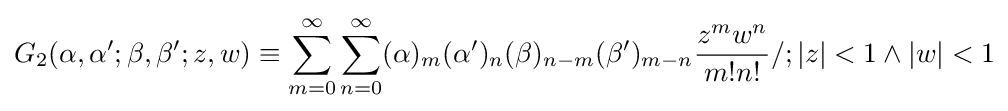
G_{2}(\alpha ,\alpha ';\beta ,\beta ';z,w)\equiv \sum _{m=0}^{\infty }\sum _{n=0}^{\infty }(\alpha )_{m}(\alpha ')_{n}(\beta )_{n-m}(\beta ')_{m-n}{\frac {z^{m}w^{n}}{m!n!}}/;|z|<1\land |w|<1